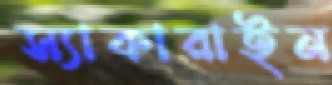
স্যাকারাইন